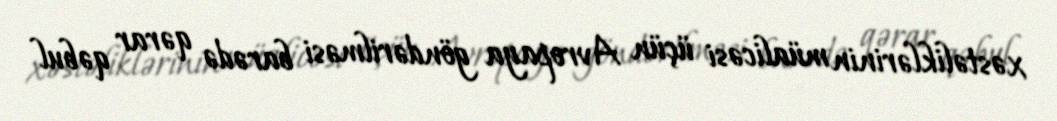
xəstəliklərinin müalicəsi üçün Avropaya göndərilməsi barədə qərar qəbul